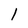
Character: l